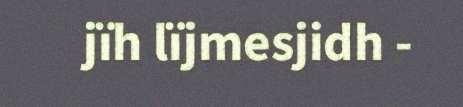
jïh lïjmesjidh -